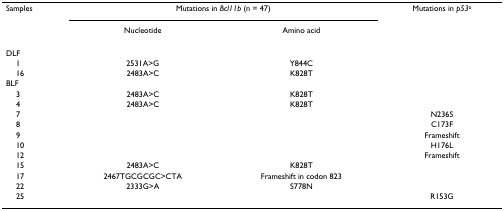
<table><thead><tr><td><b>Samples</b></td><td colspan="2"><b>Mutations in <i>Bcl11b </i>(n = 47)</b></td><td><b>Mutations in <i>p53</i><sup>a</sup></b></td></tr><tr><td></td><td><b>Nucleotide</b></td><td><b>Amino acid</b></td><td></td></tr></thead><tbody><tr><td>DLF</td><td></td><td></td><td></td></tr><tr><td> 1</td><td>2531A&gt;G</td><td>Y844C</td><td></td></tr><tr><td> 16</td><td>2483A&gt;C</td><td>K828T</td><td></td></tr><tr><td>BLF</td><td></td><td></td><td></td></tr><tr><td> 3</td><td>2483A&gt;C</td><td>K828T</td><td></td></tr><tr><td> 4</td><td>2483A&gt;C</td><td>K828T</td><td></td></tr><tr><td> 7</td><td></td><td></td><td>N236S</td></tr><tr><td> 8</td><td></td><td></td><td>C173F</td></tr><tr><td> 9</td><td></td><td></td><td>Frameshift</td></tr><tr><td> 10</td><td></td><td></td><td>H176L</td></tr><tr><td> 12</td><td></td><td></td><td>Frameshift</td></tr><tr><td> 15</td><td>2483A&gt;C</td><td>K828T</td><td></td></tr><tr><td> 17</td><td>2467TGCGCGC&gt;CTA</td><td>Frameshift in codon 823</td><td></td></tr><tr><td> 22</td><td>2333G&gt;A</td><td>S778N</td><td></td></tr><tr><td> 25</td><td></td><td></td><td>R153G</td></tr></tbody></table>